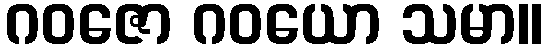
ဂဝဇော ဂဝယော သမာ။